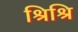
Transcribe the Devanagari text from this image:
श्रिश्रि